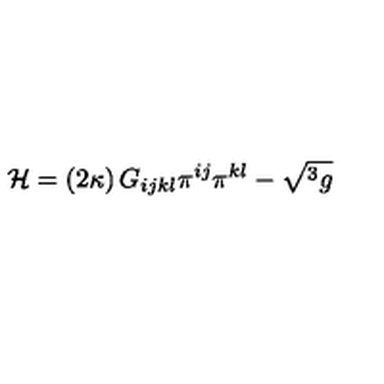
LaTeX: { \cal H } = \left( 2 \kappa \right) G _ { i j k l } \pi ^ { i j } \pi ^ { k l } - \sqrt { ^ { 3 } g }